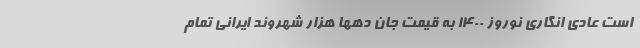
است عادی انگاری نوروز 1400 به قیمت جان دهها هزار شهروند ایرانی تمام